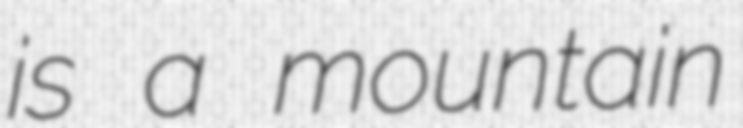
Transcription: is a mountain